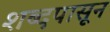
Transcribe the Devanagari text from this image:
शब्दपासून